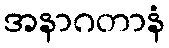
အနာဂတာနံ